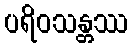
ပရိဝသန္တဿ